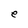
Character: e